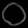
Digit: ၀